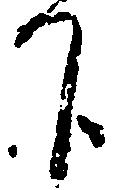
下